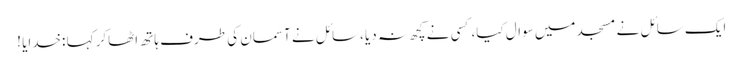
ایک سائل نے مسجد میں سوال کیا،کسی نے کچھ نہ دیا ،سائل نے آسمان کی طرف ہاتھ اٹھاکر کہا :خدایا !